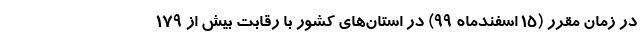
در زمان مقرر (۱۵ اسفندماه ۹۹) در استان‌های کشور با رقابت بیش از ۱۷۹